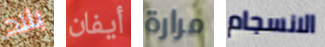
بلاد أيفان مرارة الانسجام